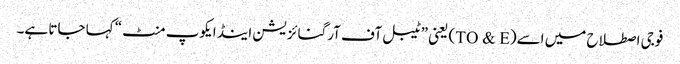
فوجی اصطلاح میں اسے(TO & E) یعنی ”ٹیبل آف آرگنائزیشن اینڈ ایکوپ منٹ“ کہا جاتا ہے۔